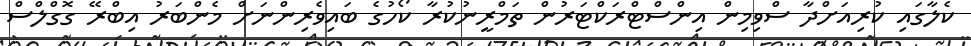
ކެލާގައި ކުރިއަށްދާ ސްވިމިން އިންސްޓްރަކްޓަރުން ތަމްރީނުކުރާ ކޯހުގެ ބައިވެރިންނަށް މެންބަރު އިބްރޭ ގޮގްލްސް